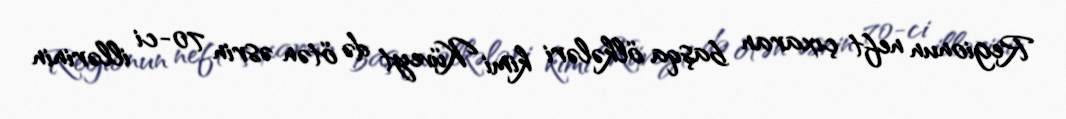
Regionun neft çıxaran başqa ölkələri kimi Küveyt də ötən əsrin 70-ci illərinin